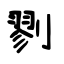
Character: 剹